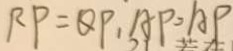
R P = Q P , A P = A P